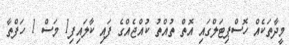
މީދާތަކެއް ހޮސްޕިޓަލްގައި އޮތް ތުއްތު ކުއްޖެއްގެ ފައި ކާލައިފި1 މަސް 1 ހަފްތާ